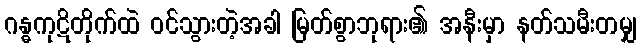
ဂန္ဓကုဋိတိုက်ထဲ ဝင်သွားတဲ့အခါ မြတ်စွာဘုရား၏ အနီးမှာ နတ်သမီးတမျှ